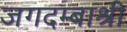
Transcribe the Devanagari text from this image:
जगदम्बाश्री